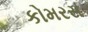
કોમરસ